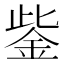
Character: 鈭